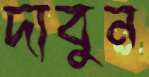
দাবুন